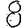
Digit: 8